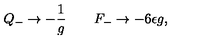
Q _ { - } \rightarrow - { \frac { 1 } { g } } \qquad F _ { - } \rightarrow - 6 \epsilon g ,